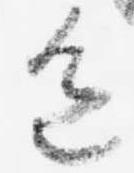
色